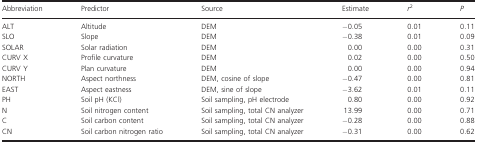
<table><thead><tr><td><b>Abbreviation</b></td><td><b>Predictor</b></td><td><b>Source</b></td><td><b>Estimate</b></td><td><b><i>r</i><sup>2</sup></b></td><td><b><i>P</i></b></td></tr></thead><tbody><tr><td>ALT</td><td>Altitude</td><td>DEM</td><td>−0.05</td><td>0.01</td><td>0.11</td></tr><tr><td>SLO</td><td>Slope</td><td>DEM</td><td>−0.38</td><td>0.01</td><td>0.09</td></tr><tr><td>SOLAR</td><td>Solar radiation</td><td>DEM</td><td>0.00</td><td>0.00</td><td>0.31</td></tr><tr><td>CURV X</td><td>Profile curvature</td><td>DEM</td><td>0.02</td><td>0.00</td><td>0.50</td></tr><tr><td>CURV Y</td><td>Plan curvature</td><td>DEM</td><td>0.00</td><td>0.00</td><td>0.94</td></tr><tr><td>NORTH</td><td>Aspect northness</td><td>DEM, cosine of slope</td><td>−0.47</td><td>0.00</td><td>0.81</td></tr><tr><td>EAST</td><td>Aspect eastness</td><td>DEM, sine of slope</td><td>−3.62</td><td>0.01</td><td>0.11</td></tr><tr><td>PH</td><td>Soil pH (KCl)</td><td>Soil sampling, pH electrode</td><td>0.80</td><td>0.00</td><td>0.92</td></tr><tr><td>N</td><td>Soil nitrogen content</td><td>Soil sampling, total CN analyzer</td><td>13.99</td><td>0.00</td><td>0.71</td></tr><tr><td>C</td><td>Soil carbon content</td><td>Soil sampling, total CN analyzer</td><td>−0.28</td><td>0.00</td><td>0.88</td></tr><tr><td>CN</td><td>Soil carbon nitrogen ratio</td><td>Soil sampling, total CN analyzer</td><td>−0.31</td><td>0.00</td><td>0.62</td></tr></tbody></table>